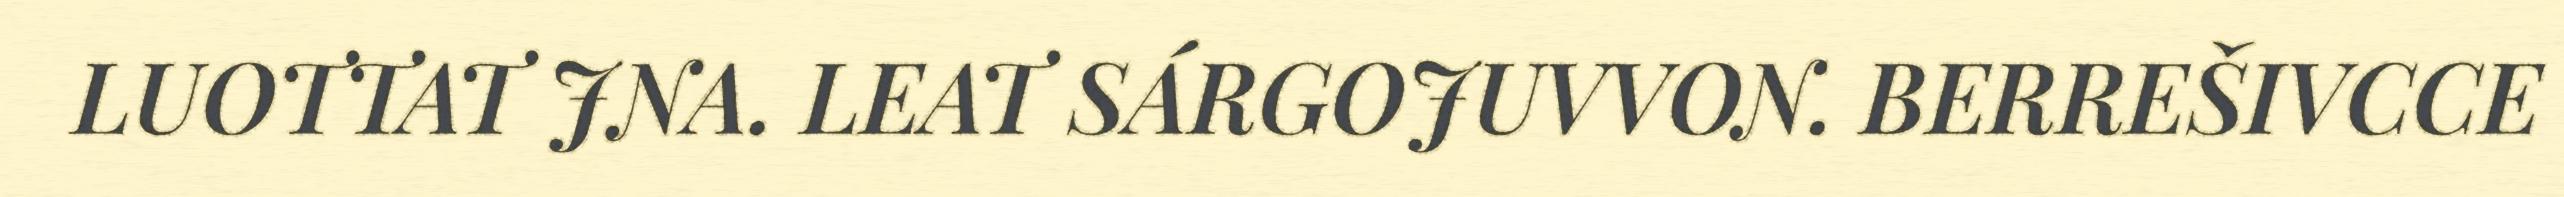
LUOTTAT JNA. LEAT SÁRGOJUVVON. BERREŠIVCCE